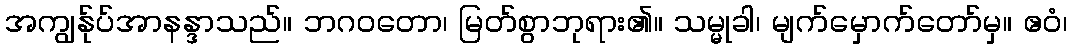
အကျွန်ုပ်အာနန္ဒာသည်။ ဘဂဝတော၊ မြတ်စွာဘုရား၏။ သမ္မုခါ၊ မျက်မှောက်တော်မှ။ ဧဝံ၊